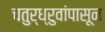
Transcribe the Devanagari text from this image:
चतुर्ध्रुवांपासून